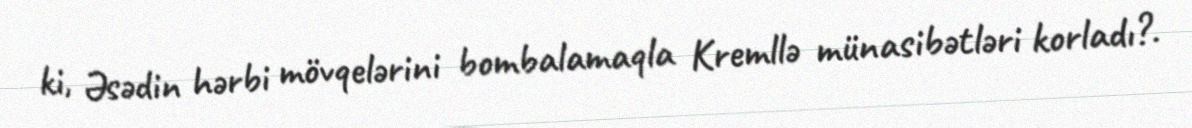
ki, Əsədin hərbi mövqelərini bombalamaqla Kremllə münasibətləri korladı?.